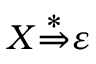
X { \stackrel { * } { \Rightarrow } } \varepsilon